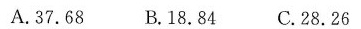
A.37.68 B.18.84 C.28.26